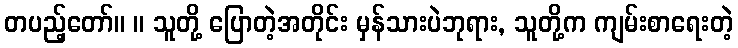
တပည့်တော်။ ။ သူတို့ ပြောတဲ့အတိုင်း မှန်သားပဲဘုရား, သူတို့က ကျမ်းစာရေးတဲ့